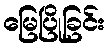
မြေပြိုခြင်း